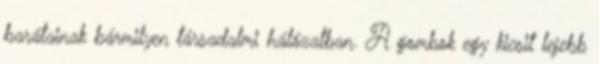
barátainak bármilyen társadalmi hálózatban. A gombok egy kicsit lejebb